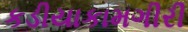
કડીયાકામગીરી